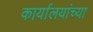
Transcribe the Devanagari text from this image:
कार्यालयांच्या